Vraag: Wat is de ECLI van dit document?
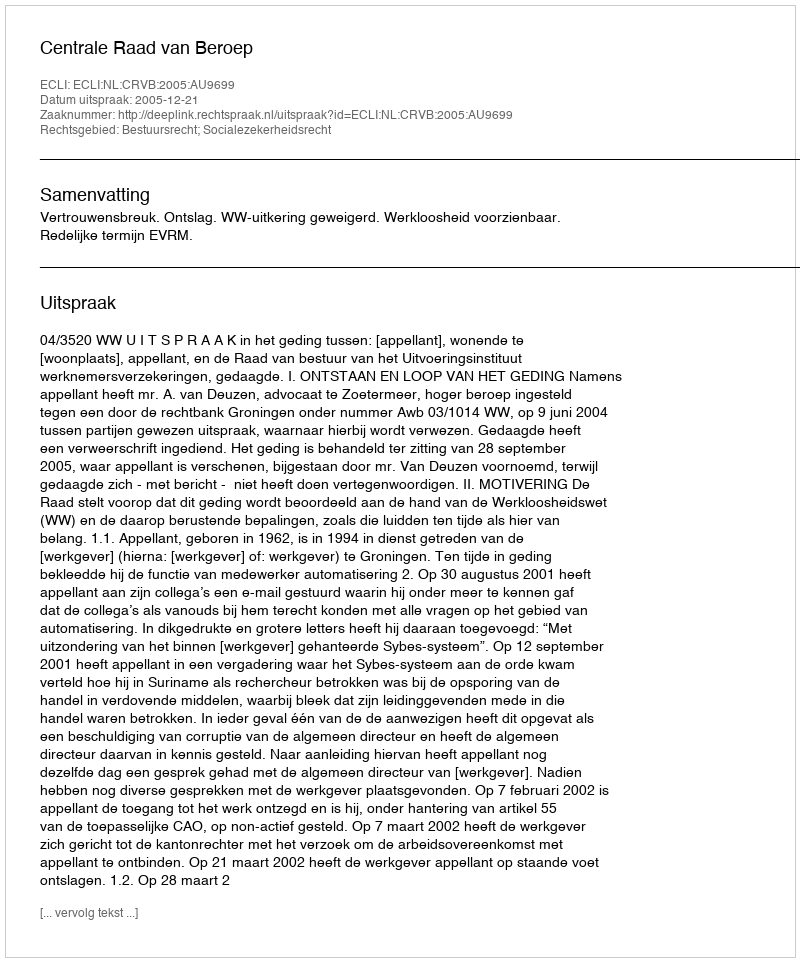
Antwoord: ECLI:NL:CRVB:2005:AU9699